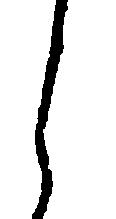
し